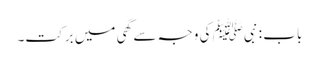
باب : نبیﷺ کی وجہ سے گھی میں برکت۔